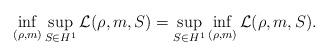
LaTeX: \begin{align*} \inf_{(\rho,m)}\sup_{S\in H^1}\mathcal L(\rho,m,S)=\sup_{S \in H^1}\inf_{(\rho,m)}\mathcal L(\rho,m,S). \end{align*}